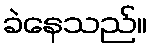
ခဲနေသည်။